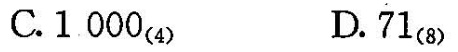
C.1000_{(4)} D.71_{(8)}